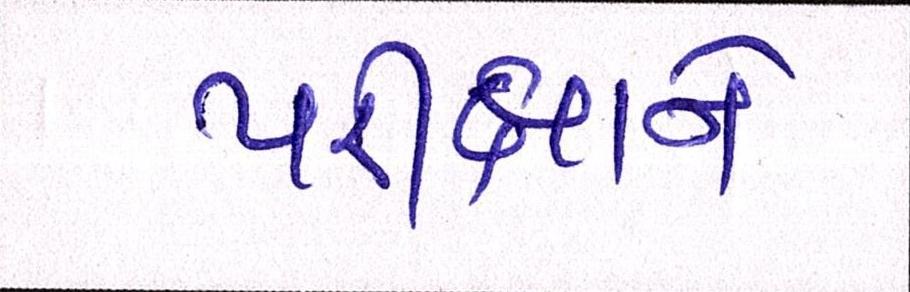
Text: પરીક્ષાને